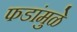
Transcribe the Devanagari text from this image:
फडांमुळे